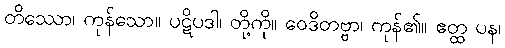
တိဿော၊ ကုန်သော။ ပဋိပဒါ၊ တို့ကို။ ဝေဒိတဗ္ဗာ၊ ကုန်၏။ ဧတ္ထ ပန၊